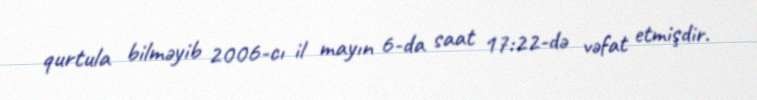
qurtula bilməyib 2006-cı il mayın 6-da saat 17:22-də vəfat etmişdir.